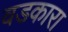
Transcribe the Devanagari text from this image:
वडकारा